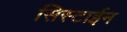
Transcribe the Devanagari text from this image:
सिस्टाईन